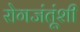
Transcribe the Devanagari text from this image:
रोगजंतूंशी